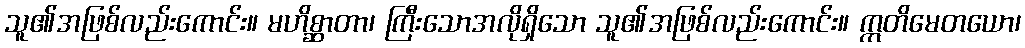
သူ၏အဖြစ်လည်းကောင်း။ မဟိစ္ဆာတာ၊ ကြီးသောအလိုရှိသော သူ၏အဖြစ်လည်းကောင်း။ ဣတိမေတယော၊